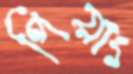
পিয়াং